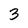
Character: 3